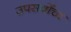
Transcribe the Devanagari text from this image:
उपसर्वोच्च